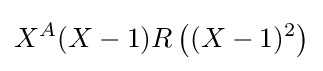
X^{A}(X-1)R\left((X-1)^{2}\right)